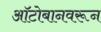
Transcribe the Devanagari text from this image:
ऑटोबानवरून